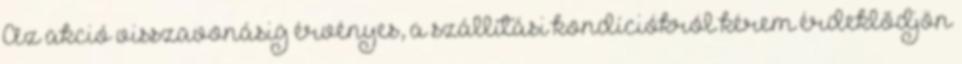
Az akció visszavonásig érvényes, a szállítási kondíciókról kérem érdeklődjön